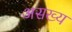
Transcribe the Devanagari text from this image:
असख्य